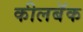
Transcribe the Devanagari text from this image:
कीलबॅक